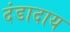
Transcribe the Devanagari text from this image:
दंडादाय